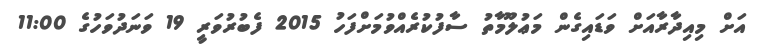
އަށް މިއިދާރާއަށް ވަޑައިގެން މަޢުލޫމާތު ސާފުކުރެއްވުމަށްފަހު 2015 ފެބުރުވަރީ 19 ވަނަދުވަހުގެ 11:00